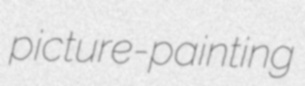
picture-painting